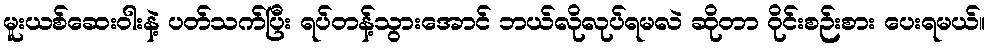
မူးယစ်ဆေးဝါးနဲ့ ပတ်သက်ပြီး ရပ်တန့်သွားအောင် ဘယ်လိုလုပ်ရမလဲ ဆိုတာ ဝိုင်းစဉ်းစား ပေးရမယ်။